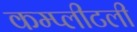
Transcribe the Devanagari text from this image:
कम्प्लीटली